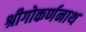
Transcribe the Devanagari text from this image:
श्रीगोकर्णनाथ